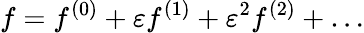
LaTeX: f=f^{(0)}+\varepsilon f^{(1)}+\varepsilon^{2}f^{(2)}+\dots